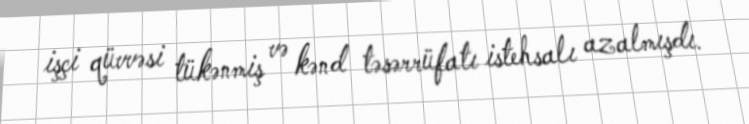
işçi qüvvəsi tükənmiş və kənd təsərrüfatı istehsalı azalmışdı.